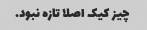
چیز کیک اصلا تازه نبود.